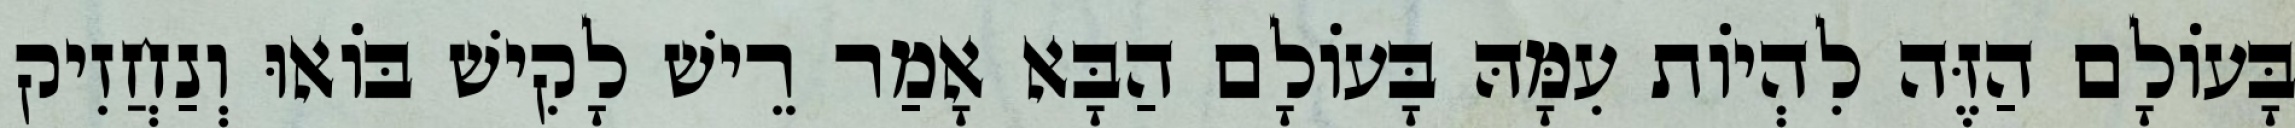
בָּעוֹלָם הַזֶּה לִהְיוֹת עִמָּהּ בָּעוֹלָם הַבָּא אָמַר רֵישׁ לָקִישׁ בּוֹאוּ וְנַחֲזִיק